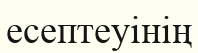
есептеуінің